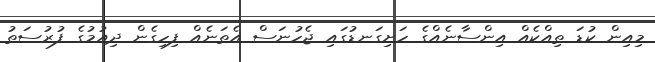
މިއިން ކުޑަ ތިއްކެއް އިންސާނެއްގެ ހަށިގަނޑުގައި ޖެހުނަސް އެތަނެއް ފިހިގެން ދިއުމުގެ ފުރުސަތު